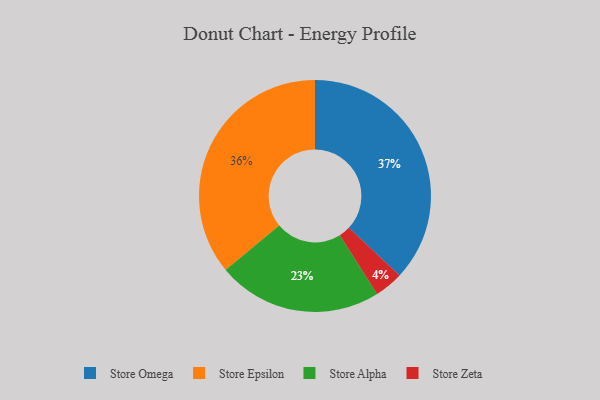
{"axis": {"x": "Category", "y": "Percentage"}, "legend": ["Store Alpha", "Store Epsilon", "Store Omega", "Store Zeta"], "data": [{"x": "Store Omega", "y": 37, "type": "Store Omega"}, {"x": "Store Zeta", "y": 4, "type": "Store Zeta"}, {"x": "Store Epsilon", "y": 36, "type": "Store Epsilon"}, {"x": "Store Alpha", "y": 23, "type": "Store Alpha"}]}